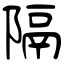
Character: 隔